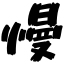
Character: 慢